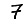
Digit: 7